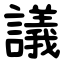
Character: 議